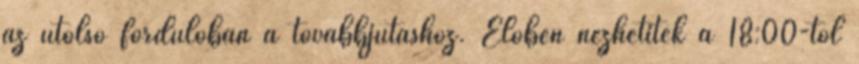
az utolsó fordulóban a továbbjutáshoz. Élőben nézhetitek a 18:00-tól